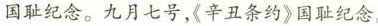
国耻纪念。九月七号，《辛丑条约》国耻纪念。